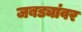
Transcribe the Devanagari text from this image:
जबड्यांवर